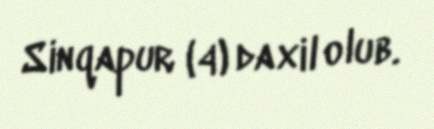
Sinqapur (4) daxil olub.